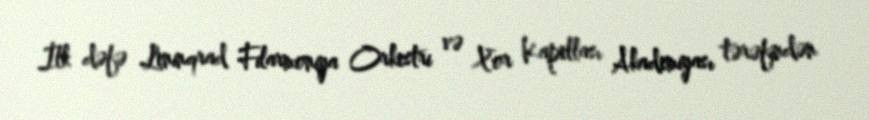
İlk dəfə Leninqrad Filarmoniya Orkestri və Xor Kapellası Akademiyası tərəfindən